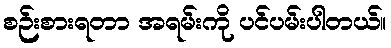
စဉ်းစားရတာ အရမ်းကို ပင်ပမ်းပါတယ်။